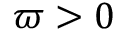
\varpi > 0